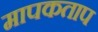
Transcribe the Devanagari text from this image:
मापकताप